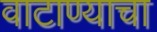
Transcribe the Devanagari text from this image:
वाटाण्याचा